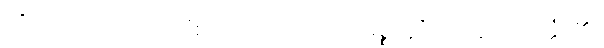
ကို။ ဒေဿတုံ၊ ငှာ။ “စတူသု အရိယသစ္စေသူ”တိ၊ ဟူ၍။ ဝုတ္တံ၊ ၏။